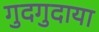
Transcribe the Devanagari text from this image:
गुदगुदाया